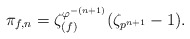
\begin{align*}\pi_{f, n} = \zeta_{(f)}^{\varphi^{-(n+1)}} (\zeta_{p^{n+1}}-1).\end{align*}